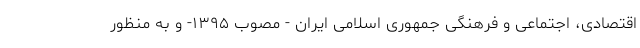
اقتصادی، اجتماعی و فرهنگی جمهوری اسلامی ایران - مصوب ۱۳۹۵- و به منظور